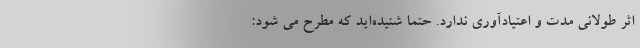
اثر طولانی مدت و اعتیادآوری ندارد. حتما شنیده‌اید که مطرح می شود: